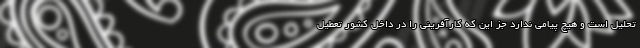
تحلیل است و هیچ پیامی ندارد جز این که کارآفرینی را در داخل کشور تعطیل